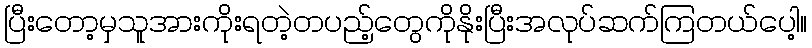
ပြီးတော့မှသူအားကိုးရတဲ့တပည့်တွေကိုနိုးပြီးအလုပ်ဆက်ကြတယ်ပေါ့။